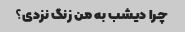
چرا دیشب به من زنگ نزدی؟